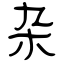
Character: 杂